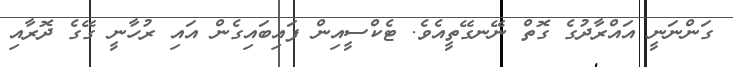
ގަންނަނީ އައްރާދުގެ ގޮތް ނޭނގޭތީއެވެ. ޓެކްސީއިން ފައިބައިގެން އައި ރުހާނީ ގޭގެ ދޮރާއި